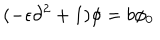
( - \epsilon \partial ^ { 2 } + 1 ) \phi = b \phi _ { 0 }